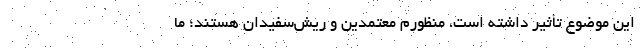
این موضوع تأثیر داشته است، منظورم معتمدین و ریش‌سفیدان هستند؛ ما